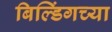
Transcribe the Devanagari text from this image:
बिल्डिंगच्या